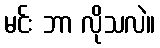
မင်း ဘာ လိုသလဲ။